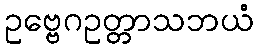
ဥဗ္ဗေဂဥတ္တာသဘယံ